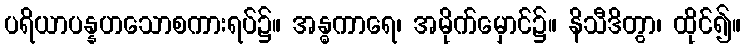
ပရိယာပန္နဟသောစကားရပ်၌။ အန္ဓကာရေ၊ အမိုက်မှောင်၌။ နိသီဒိတွာ၊ ထိုင်၍။